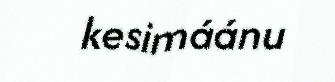
kesimáánu